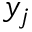
y _ { j }